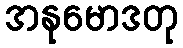
အနုမောဒတု